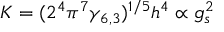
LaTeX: K = ( 2 ^ { 4 } \pi ^ { 7 } \gamma _ { 6 , 3 } ) ^ { 1 / 5 } h ^ { 4 } \propto g _ { s } ^ { 2 }